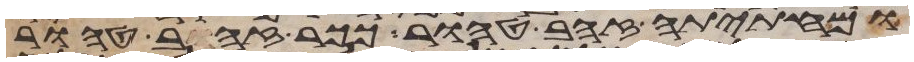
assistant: ומחתיתיה זהב טהור ככר זהב טהור